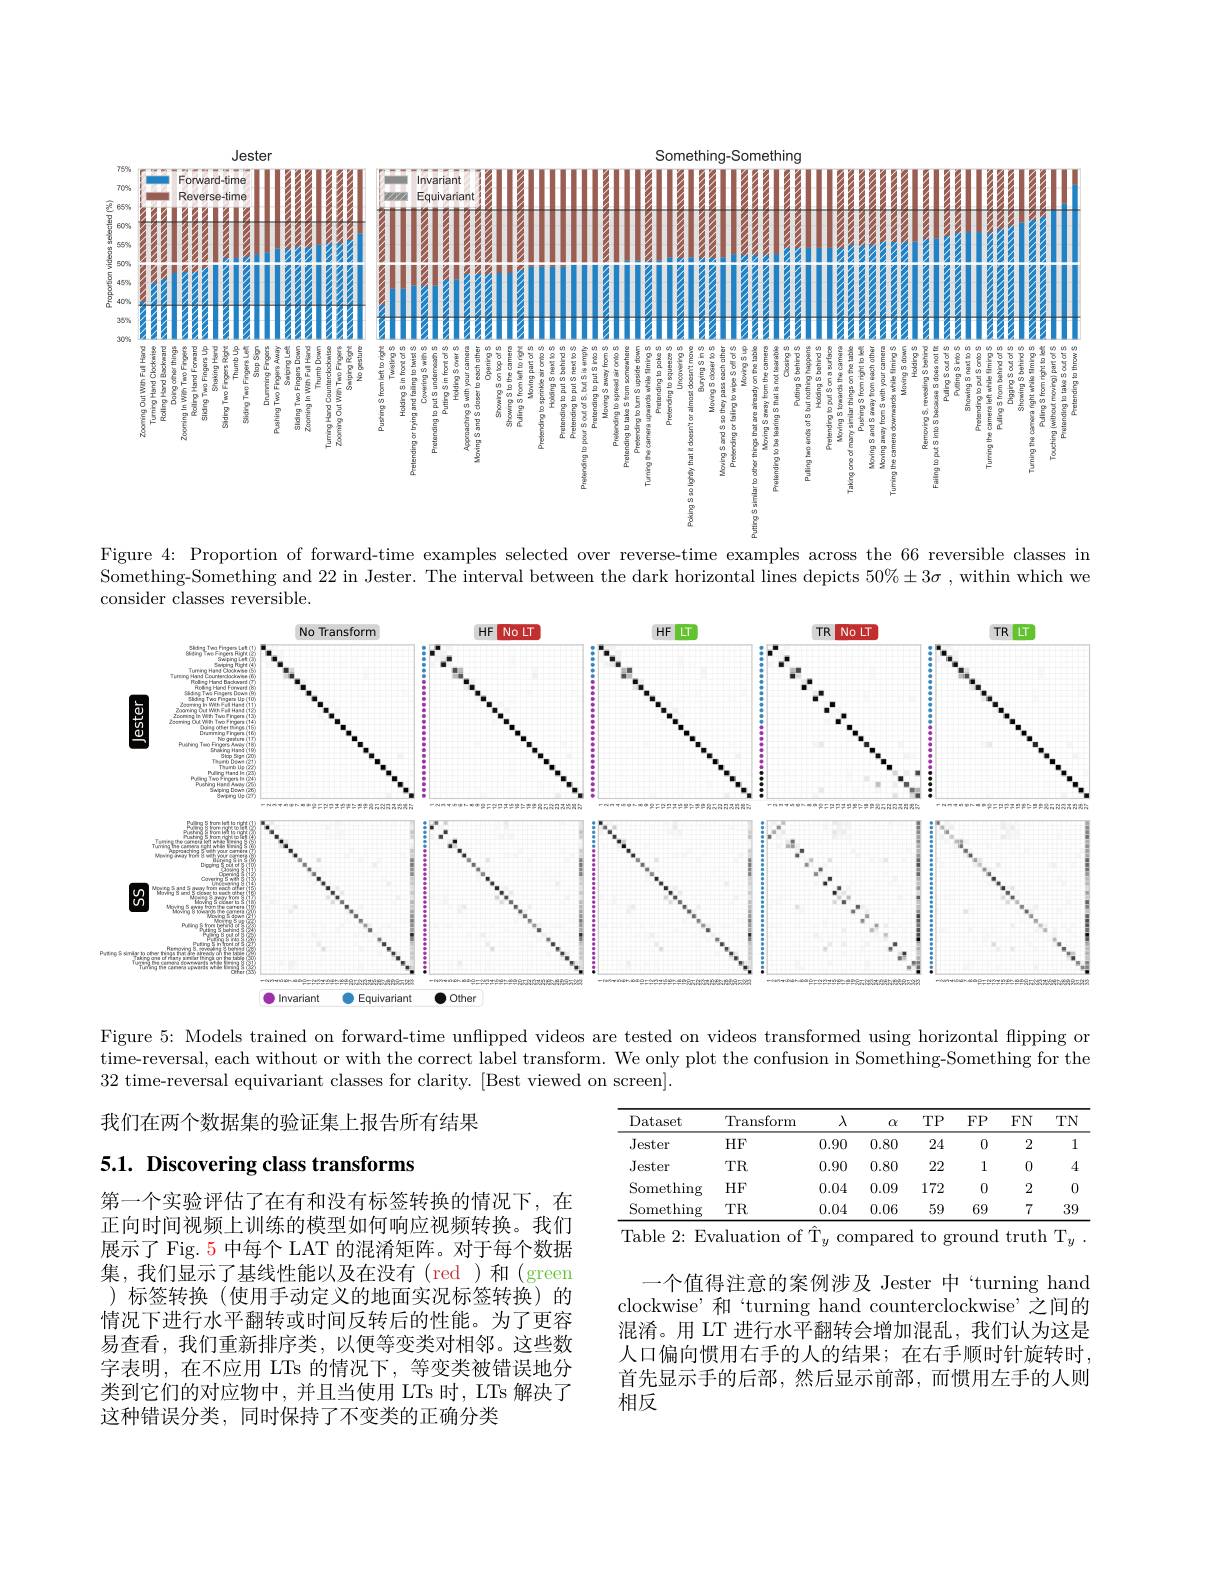
<FigureHere>

Figure 4: Proportion of forward-time examples selected over reverse-time examples across the 66 reversible classes in Something-Something and 22 in Jester. The interval between the dark horizontal lines depicts $50\%\pm3\sigma$ , within which we consider classes reversible.

<FigureHere>

Figure 5: Models trained on forward-time unflipped videos are tested on videos transformed using horizontal flipping or time-reversal, each without or with the correct label transform. We only plot the confusion in Something-Something for the 32 time-reversal equivariant classes for clarity. [Best viewed on screen].

我们在两个数据集的验证集上报告所有结果

<table>
	<tbody>
		<tr>
			<th>Dataset</th>
			<th>Transform</th>
			<th>$\lambda$</th>
			<th>$\alpha$</th>
			<th>$TP$</th>
			<th>$FP$</th>
			<th>$FN$</th>
			<th>$TN$</th>
		</tr>
		<tr>
			<td>Jester</td>
			<td>$HF$</td>
			<td>0.90</td>
			<td>0.80</td>
			<td>24</td>
			<td>0</td>
			<td>2</td>
			<td>1</td>
		</tr>
		<tr>
			<td>Jester</td>
			<td>$TR$</td>
			<td>0.90</td>
			<td>0.80</td>
			<td>22</td>
			<td>1</td>
			<td>0</td>
			<td>4</td>
		</tr>
		<tr>
			<td>Something</td>
			<td>$HF$</td>
			<td>0.04</td>
			<td>0.09</td>
			<td>172</td>
			<td>0</td>
			<td>2</td>
			<td>0</td>
		</tr>
		<tr>
			<td>Something</td>
			<td>$TR$</td>
			<td>0.04</td>
			<td>0.06</td>
			<td>59</td>
			<td>69</td>
			<td>7</td>
			<td>39</td>
		</tr>
	</tbody>
</table>
Table 2: Evaluation of $\hat{\mathrm{T}}_y$ compared to ground truth T$_y$

## 5.1. Discovering class transforms

第一个实验评估了在有和没有标签转换的情况下，在正向时间视频上训练的模型如何响应视频转换。我们展示了 Fig. 5 中每个 LAT 的混淆矩阵。对于每个数据集，我们显示了基线性能以及在没有(red)和(green )标签转换(使用手动定义的地面实况标签转换)的情况下进行水平翻转或时间反转后的性能。为了更容易查看，我们重新排序类，以便等变类对相邻。这些数字表明，在不应用 LTs 的情况下，等变类被错误地分类到它们的对应物中，并且当使用 LTs 时，LTs 解决了这种错误分类，同时保持了不变类的正确分类

一个值得注意的案例涉及 Jester 中“turning hand clockwise’和“turning hand counterclockwise’之间的混淆。用 LT 进行水平翻转会增加混乱，我们认为这是人口偏向惯用右手的人的结果；在右手顺时针旋转时， 首先显示手的后部，然后显示前部，而惯用左手的人则相反